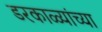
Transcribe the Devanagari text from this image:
डरकाळ्यांच्या